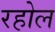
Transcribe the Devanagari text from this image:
रहोल